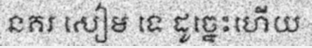
នគរ សៀម ទេ ដូច្នេះហើយ